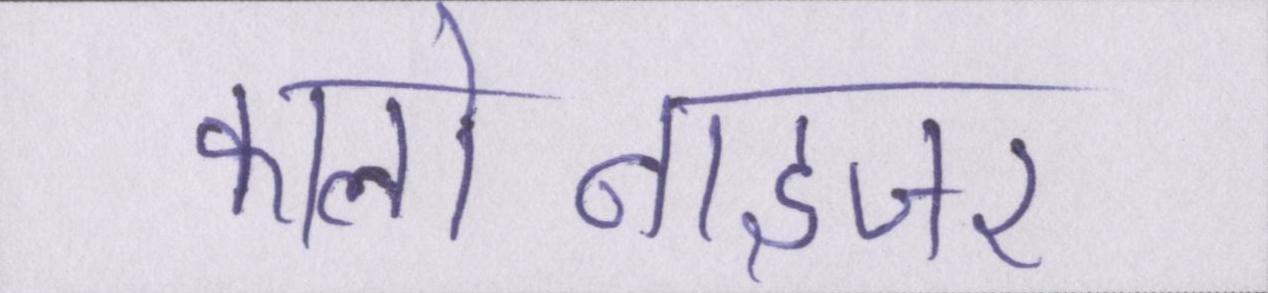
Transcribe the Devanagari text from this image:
कालोनाइजर